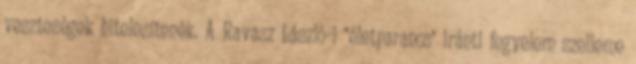
veszteségek hitelesítenék. A Ravasz László-i "életparancs" iránti fegyelem szelleme